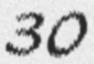
30